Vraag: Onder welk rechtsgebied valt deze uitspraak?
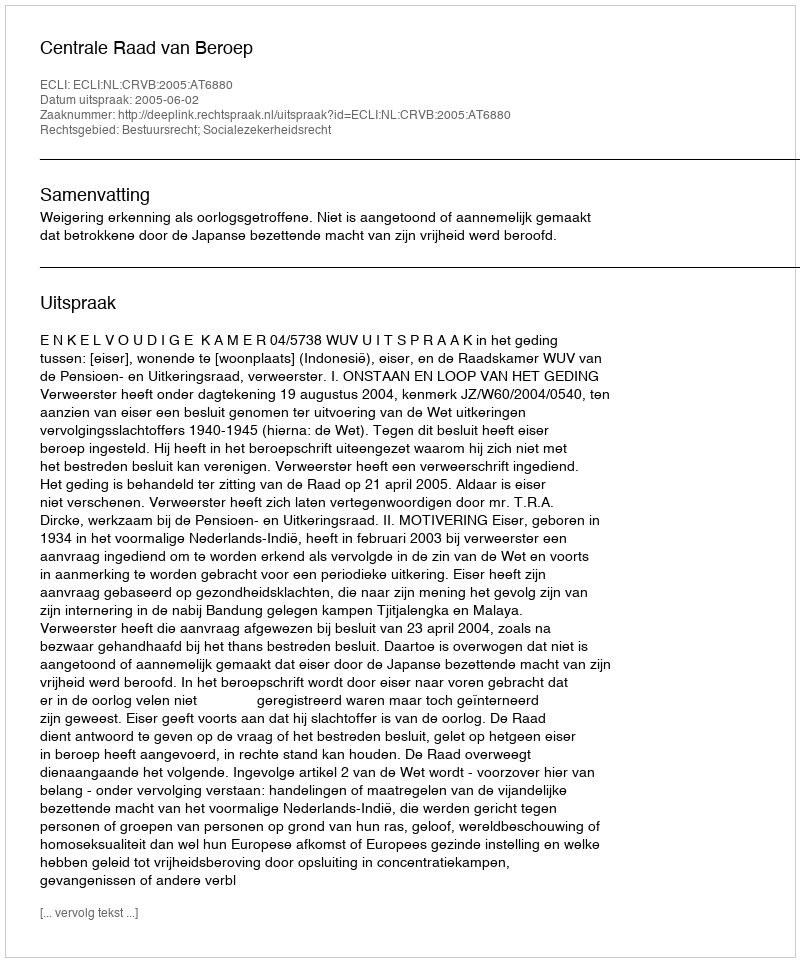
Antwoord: Bestuursrecht; Socialezekerheidsrecht